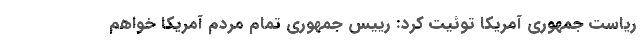
ریاست جمهوری آمریکا توئیت کرد: رییس جمهوری تمام مردم آمریکا خواهم